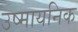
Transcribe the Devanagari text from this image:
उष्मायनिक